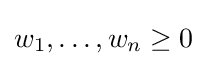
w_{1},\ldots ,w_{n}\geq 0